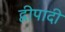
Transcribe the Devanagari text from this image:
द्वीपादी